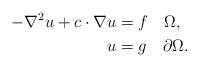
LaTeX: \begin{align*}-\nabla^{2}u+c\cdot\nabla u & =f\quad\Omega,\\u & =g\quad\partial\Omega.\end{align*}